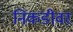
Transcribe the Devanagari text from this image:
निकडीवर